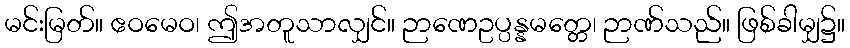
မင်းမြတ်။ ဧဝမေဝ၊ ဤအတူသာလျှင်။ ဉာဏေဥပ္ပန္နမတ္တေ၊ ဉာဏ်သည်။ ဖြစ်ခါမျှ၌။